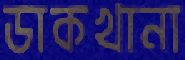
ডাকখানা